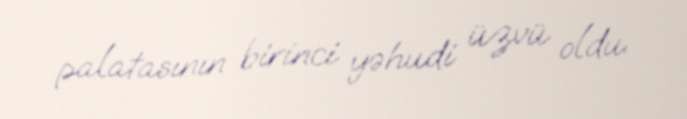
palatasının birinci yəhudi üzvü oldu.